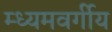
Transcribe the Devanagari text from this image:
म्ध्यमवर्गीय